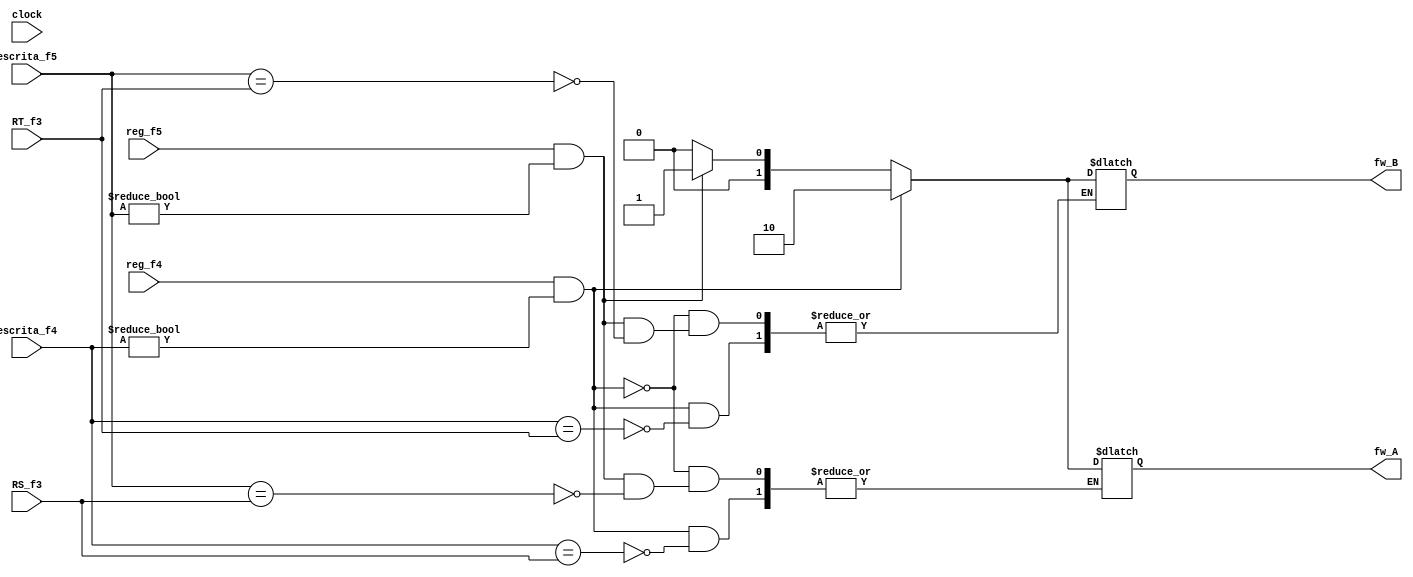
//TAKS Alberto Junior
// 1b	-> escrever registrador (fase 4)
// 1b	-> escrever registrador (fase 5)
// 5b	-> numero do registrador de escrita (fase 4)
// 5b	-> numero do registrador de escrita (fase 5)
// 5b	-> registrador RS (fase 3)
// 5b	-> registrador RT (fase 3)
// @Alberto Junior {
//	Sua saida eh simples, devo antecipar A? se sim, de qual estagio?
// Devo antecipar B? se sim, de qual estagio? }

//NAO ATENCIPAR: A = [00], B = [00]
//ESTAGIO 1: A = [10], B = [10]
//ESTAGIO 2: A = [01], B = [01]
module Foward (
	//flag da fase 4 e 5
	input reg_f4, reg_f5, clock,
	//registradores de escrita fase 4 e 5
	input [4:0] escrita_f4, escrita_f5,
	//registradores RS e RT no pipeline fase 3
	input [4:0] RS_f3, RT_f3,
	//sinalizadores de qual fazer fowarding
	output [1:0] fw_A, fw_B
	);

	reg [1:0] A, B;
	always @ ( * ) begin //Isso eh um circuito combinacional. nao depende do clock
		//FOWARD da fase 3 EX/MEM
		//quero escrever e no eh no XZR
		if(reg_f4 && escrita_f4 != 5'b0) begin
			//meu registrador de destino e igual ao RS da fase 3?
			if(escrita_f4 == RS_f3)
				A <= 2'b10; //A = 10
			//meu registrador de destino e igual ao RT da fase 3?
			if(escrita_f4 == RT_f3)
				B <= 2'b10; //B = 10
		end
		//FOWARD da fase 4 MEM/WB
		//quero escrever e no eh no XZR
		else if(reg_f5 && escrita_f5 != 5'b0) begin
			//meu registrador de destino eh igual ao RS da fase 3?
			if(escrita_f5 == RS_f3)
				A <= 2'b01; //A = 01
			//meu registrador de destino eh igual ao RT da fase 3?
			if(escrita_f5 == RT_f3)
				B <= 2'b01; //B = 01
		end
		//se nao antecipar os dados de algum estagio
		else begin
			A <= 2'b0; //A = 00
			B <= 2'b0; //B = 00
		end
	end

	assign fw_A = A;
	assign fw_B = B;

endmodule